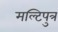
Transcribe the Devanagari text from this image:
मल्टिपुत्र